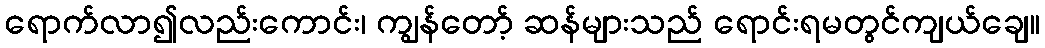
ရောက်လာ၍လည်းကောင်း၊ ကျွန်တော့် ဆန်များသည် ရောင်းရမတွင်ကျယ်ချေ။